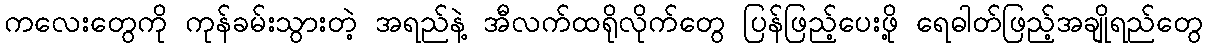
ကလေးတွေကို ကုန်ခမ်းသွားတဲ့ အရည်နဲ့ အီလက်ထရိုလိုက်တွေ ပြန်ဖြည့်ပေးဖို့ ရေဓါတ်ဖြည့်အချိုရည်တွေ